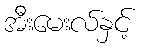
အီးမေးလ်နှင့်